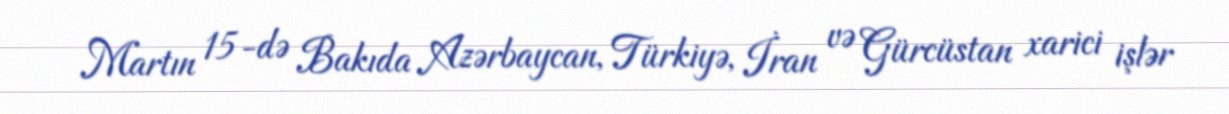
Martın 15-də Bakıda Azərbaycan, Türkiyə, İran və Gürcüstan xarici işlər